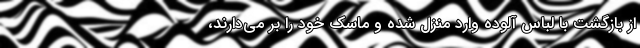
از بازگشت با لباس آلوده وارد منزل شده و ماسک خود را بر می‌دارند،